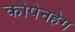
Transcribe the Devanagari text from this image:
कोपेनहेग